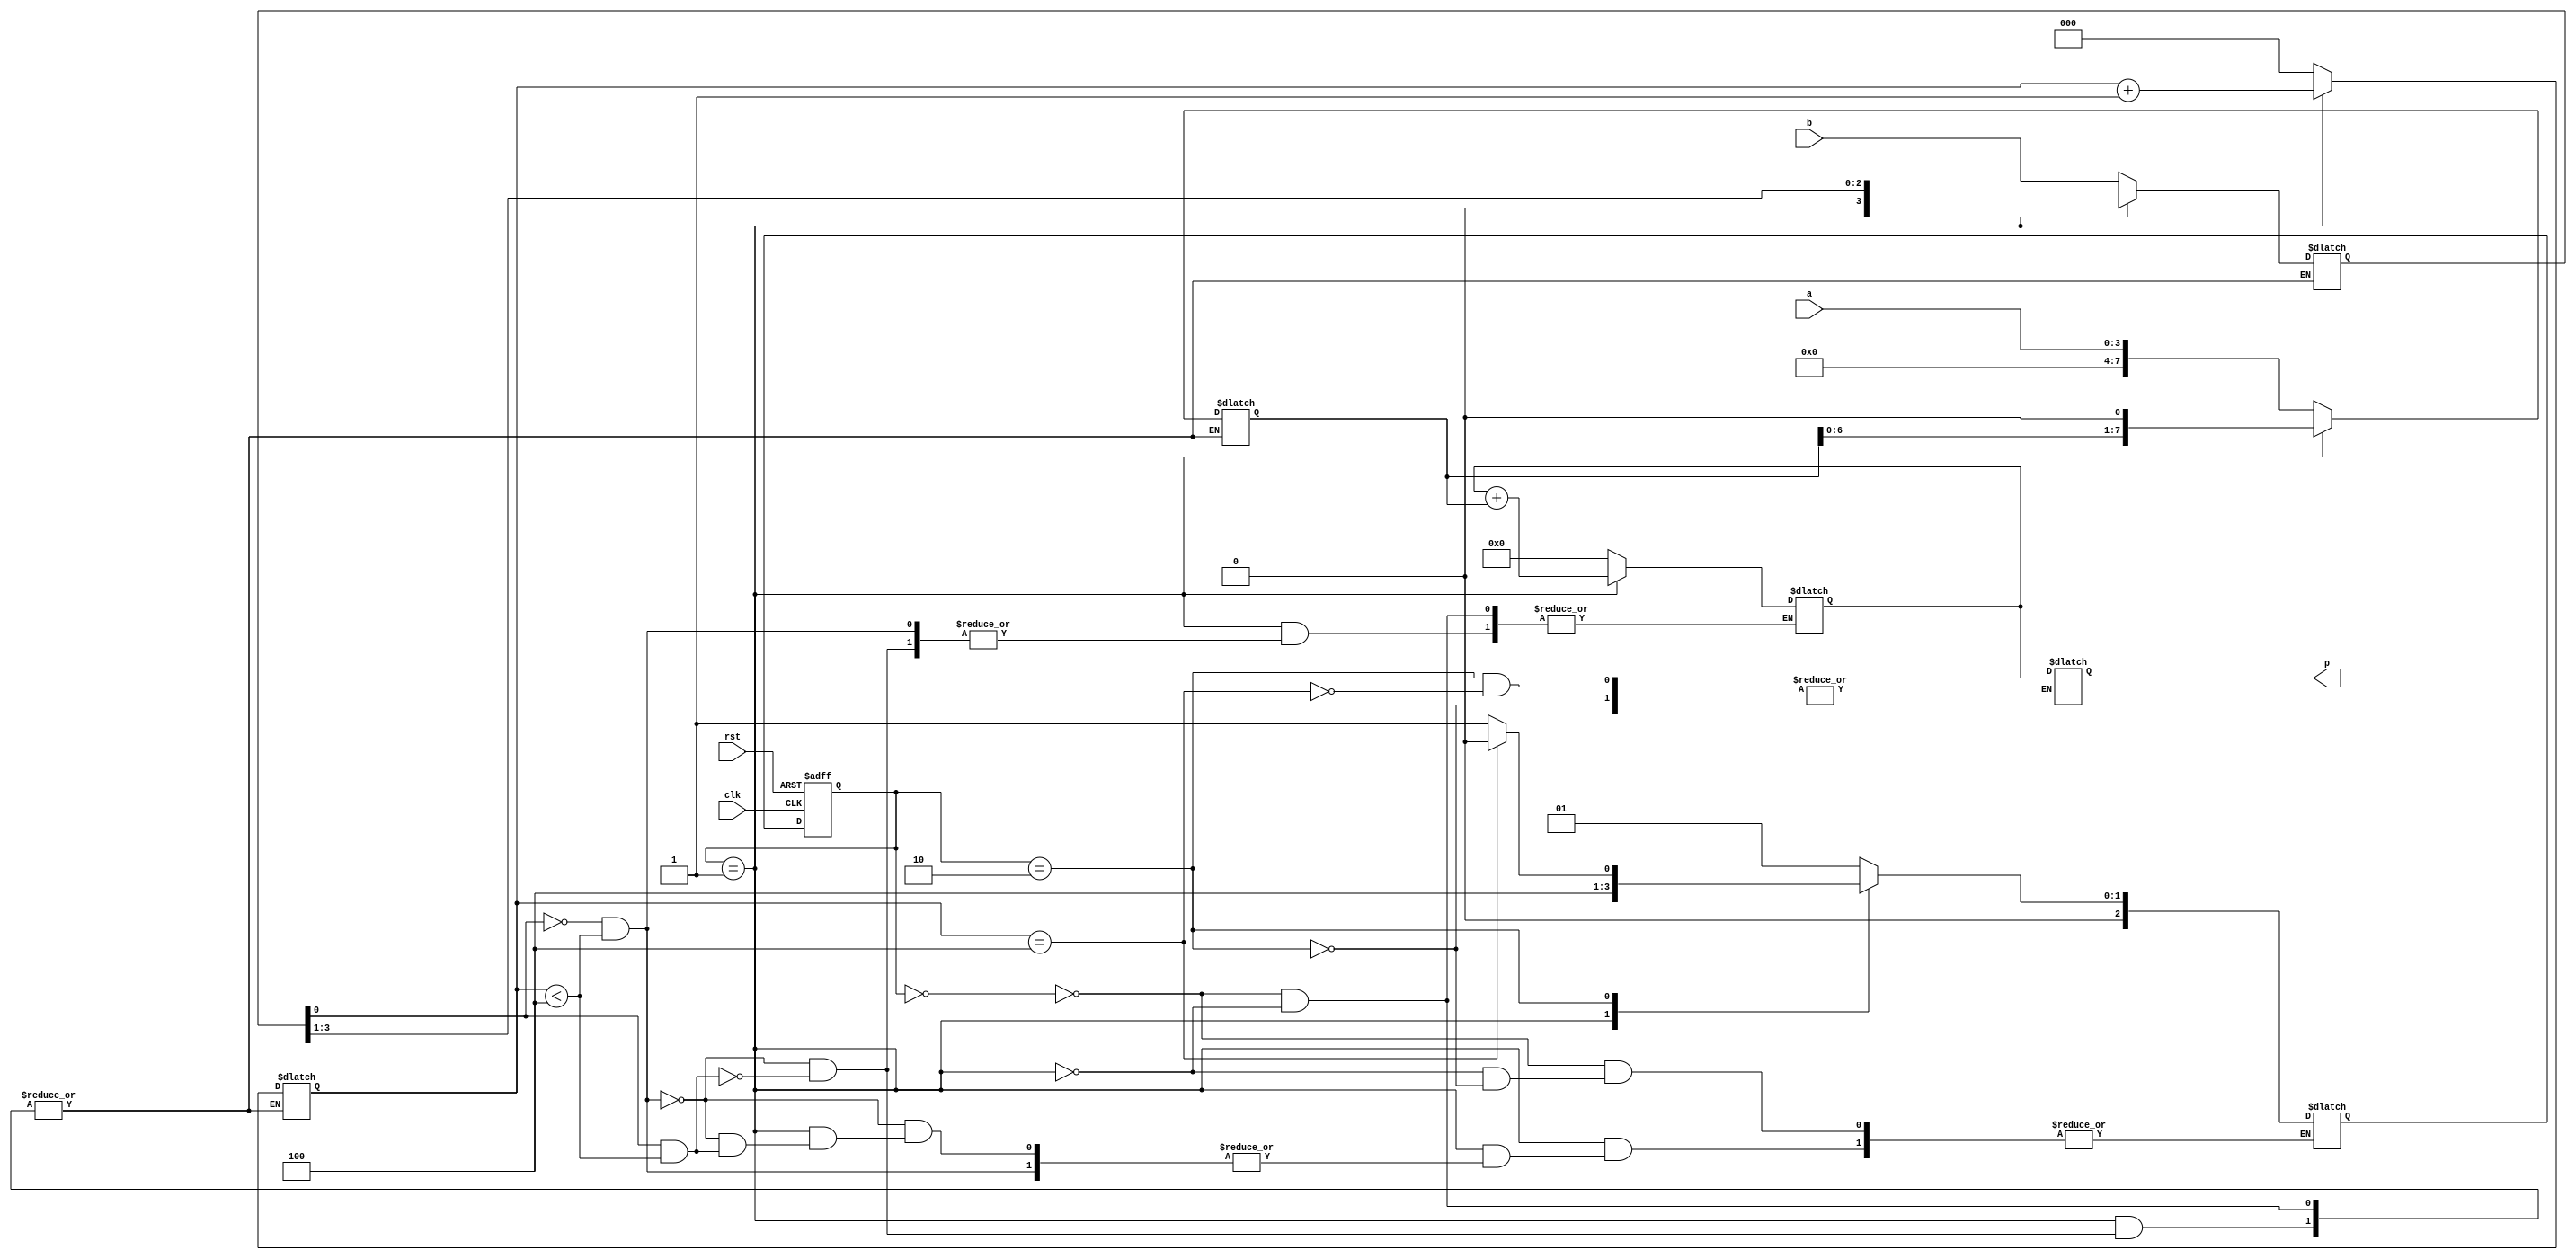
`timescale 1ns / 1ps
//////////////////////////////////////////////////////////////////////////////////
// Company: 
// Engineer: 
// 
// Design Name: 
// Module Name: seq_multi
// Project Name: 
// Target Devices: 
// Tool Versions: 
// Description: 
// 
// Dependencies: 
// 
// Revision:
// Revision 0.01 - File Created
// Additional Comments:
// 
//////////////////////////////////////////////////////////////////////////////////


module multiplier(a, b, clk, rst, p);
    input [3:0] a,b;
    input rst, clk;
    output reg [7:0] p;
    
   // output [2:0] st;
    
    parameter S0_idle = 0 , S1_multiply = 1 , S2_update_result = 2 ;
    reg [2:0] current_state, next_state;
    
    reg [7:0] partial_product;
    reg [7:0] multiplicand;
    reg [2:0] shift_count;
    reg [3:0] operand_bb;
    
    always @(posedge clk or posedge rst)
    begin
    if(rst==1)
        current_state <= S0_idle;// when reset=1, reset the CS of the FSM to "S0" CS
    else
        current_state <= next_state; // otherwise, next CS
    end
    
    // assign st <= current_state;
    
    always @ (*) begin
        case(current_state)
        S0_idle: begin
            partial_product <= 8'b0;
            shift_count <= 3'b0;
            multiplicand <= {4'b0, a};
            operand_bb <= b;
            next_state = S1_multiply;
            end
            
        S1_multiply: begin
            if((operand_bb[0]==0) && (shift_count < 4)) begin
            partial_product <= partial_product;
            shift_count <= shift_count + 1;
            multiplicand <= multiplicand << 1;
            operand_bb <= operand_bb >> 1;
            end
            else if((operand_bb[0]==1) && (shift_count <4)) begin
            partial_product <= partial_product + multiplicand;
            shift_count <= shift_count + 1;
            multiplicand <= multiplicand << 1;
            operand_bb <= operand_bb >> 1;
            end
            else begin
            next_state = S2_update_result;
            end
            end
    
        S2_update_result: begin
            if(shift_count==4) begin
            next_state = S0_idle;
            p <= partial_product;
            end
            else begin
            next_state = S1_multiply;
            end
    end
    endcase
    end
    
     
endmodule